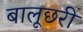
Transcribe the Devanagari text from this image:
बालूछरी